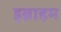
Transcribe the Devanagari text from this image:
इब्राहम